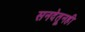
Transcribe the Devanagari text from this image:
सनदेतूनही